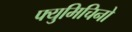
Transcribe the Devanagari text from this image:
फ्युमिचिनो